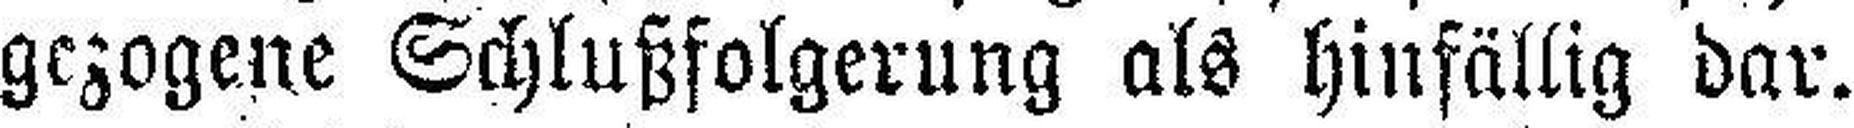
gezogene Schlußfolgerung als hinfällig dar.